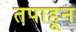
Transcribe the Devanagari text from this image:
तपाहून